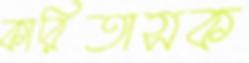
কারিতাসক